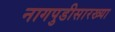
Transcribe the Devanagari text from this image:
नागपुडीसारख्या